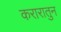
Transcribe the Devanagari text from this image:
करारातुन